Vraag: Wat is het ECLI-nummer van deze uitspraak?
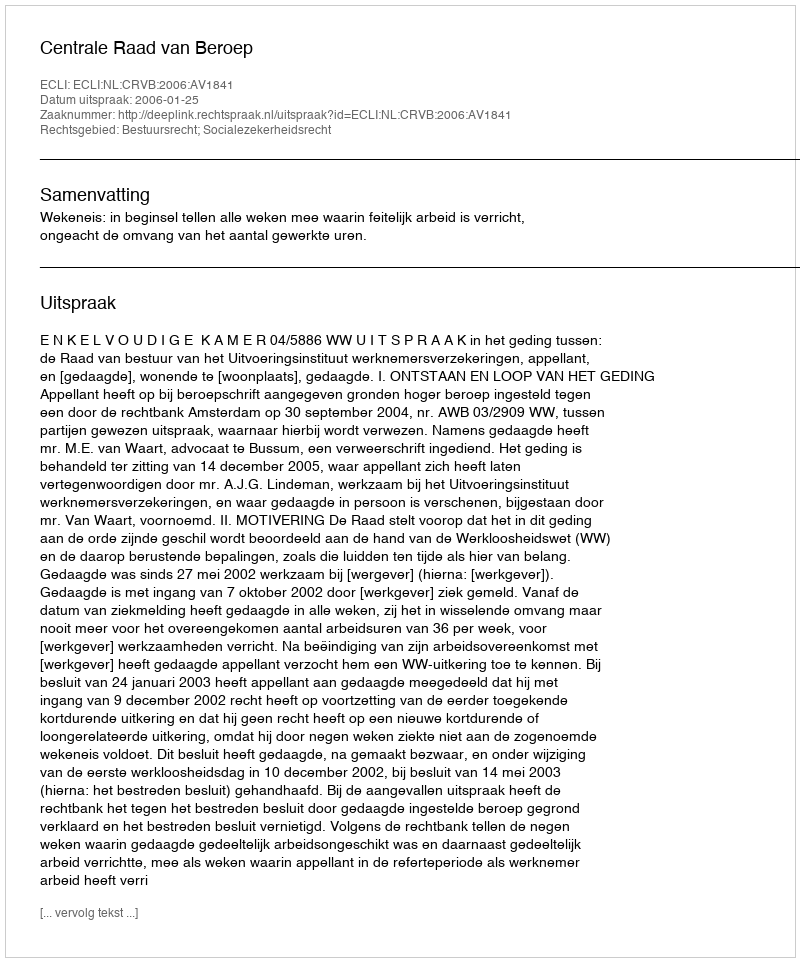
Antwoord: ECLI:NL:CRVB:2006:AV1841